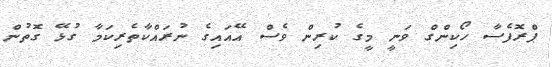
ޕްރޮފެސާ ހޯކިންގް ވަނީ މީގެ ކުރިން ވެސް އޭއައިގެ ނުރައްކާތެރިކަމާ ގުޅޭ ގޮތުން